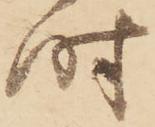
時